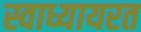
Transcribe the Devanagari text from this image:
स्वाध्यायरत